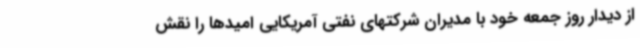
از دیدار روز جمعه خود با مدیران شرکتهای نفتی آمریکایی امیدها را نقش